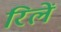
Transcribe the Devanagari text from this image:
रिलें